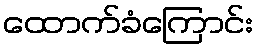
ထောက်ခံကြောင်း